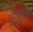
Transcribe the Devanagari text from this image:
कुकुता